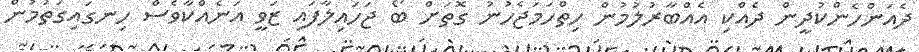
ދެއަންހެންކުދީން ދެއްކި އެއްބާރުލުމުން ހިތްހަމަޖެހުނު ގޮތަށް ބޯ ޖަހައިލާފައި ޒަވީ އަނެއްކާވެސް ހިނގައިގަތުމުން